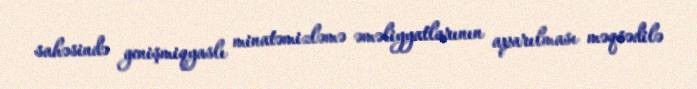
sahəsində genişmiqyaslı minatəmizləmə əməliyyatlarının aparılması məqsədilə